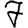
Digit: 7